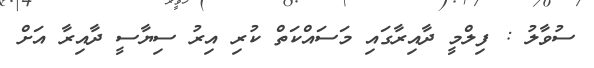
ސުވާލު : ފިލްމީ ދާއިރާގައި މަސައްކަތް ކުރި އިރު ސިޔާސީ ދާއިރާ އަށް